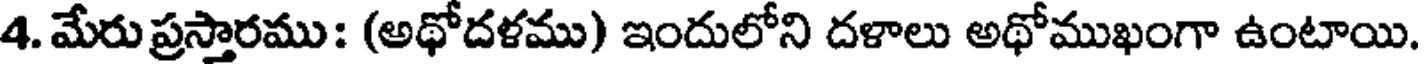
4. మేరు ప్రస్తారము: (అథోదళము) ఇందులోని దళాలు అథోముఖంగా ఉంటాయి.